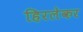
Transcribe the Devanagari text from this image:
हिरलेकर